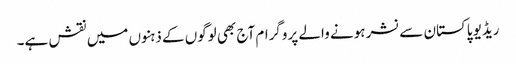
ریڈیو پاکستان سے نشر ہونے والے پروگرام آج بھی لوگوں کے ذہنوں میں نقش ہے۔